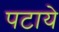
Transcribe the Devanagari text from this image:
पटाये